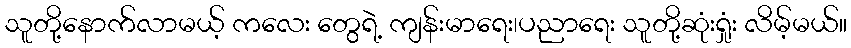
သူတို့နောက်လာမယ့် ကလေး တွေရဲ့ ကျန်းမာရေး၊ပညာရေး သူတို့ဆုံးရှုံး လိမ့်မယ်။